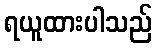
ရယူထားပါသည်